Annual report of lunatic asylums [Bombay] - 1912-1922
Year: 1912
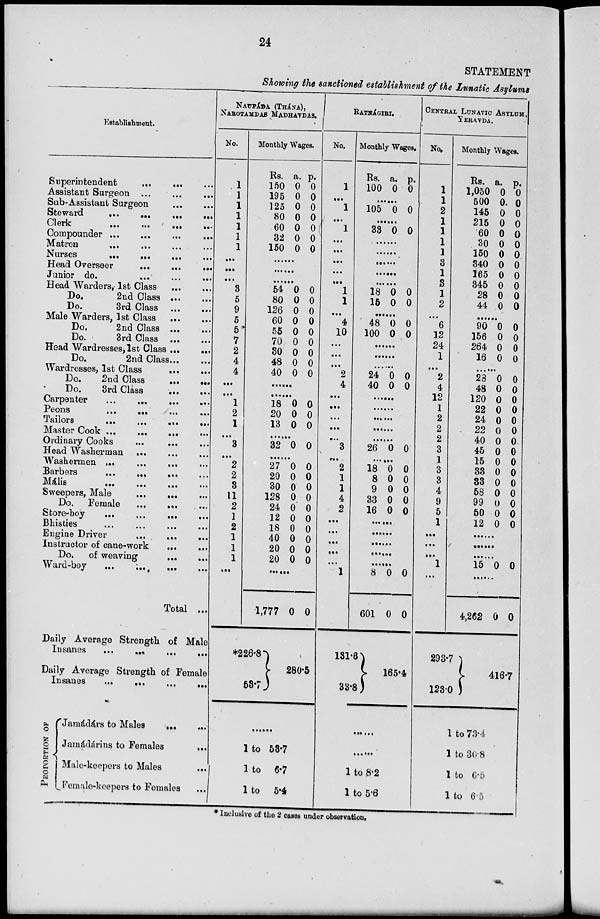
24
STATEMENT
Showing the sanctioned establishment of the Lunatic Asylums
Establishment.
Superintendent ... ...
...
Assistant Surgeon ... ... ...
Sub-Assistant Surgeon
...
...
Steward
...
...
...
...
Clerk
...
...
...
...
Compounder
...
...
... ...
Matron ... ... ... ...
Nurses
...
...
... ...
Head Overseer
...
...
...
Junior do.
...
...
...
Head Warders,-1st Class
...
...
Do,
2nd Class
...
...
Do,
3rd Class
...
...
Male Warders, 1st Class
...
...
Do.
2nd Class
...
...
Do.
3rd Class ... ...
Head Wardresses, 1st Class ...
...
Do.
2nd Class ... ...
Wardresses, 1st Class
...
...
Do.
2nd Class
...
...
Do.
3rd Class
...
...
Carpenter
...
...
...
...
Peons
...
...
...
...
Tailors
...
...
...
...
Master Cook ... ... ...
...
Ordinary Cooks ... ...
...
Head Washerman ... ... ...
Washermen ... ... ... ...
Barbers
...
...
...
Mális
...
...
...
...
Sweepers, Male ... ...
...
Do. Female ... ...
...
Store-boy
...
...
...
...
Bhisties ... ... ... ...
Engine Driver
...
...
...
Instructor of cane-work
...
...
Do. of weaving
...
...
Ward-boy
...
...
...
...
Total ...
Daily Average Strength of Male
Insanes
... ... ... ...
Daily Average Strength of Female
Insanes
...
...
... ...
PROPORTION OF
Jamádárs to Males ... ...
Jamádárins to Females
...
Male-keepers to Males
...
Female-keepers to Females ...
NAUPÁDA (THÁNA),
NAROTAMDAS MADHAVDAS.
No.
1
1
1
1
1
1
1
...
...
...
3
5
9
5
5
7
2
4
4
...
...
1
2
1
...
3
...
2
2
8
11
2
1
2
1
1
1
...
Monthly Wages.
Rs.
150
195
125
80
60
32
150
a.
0
0
0
0
0
0
0
p.
0
0
0
0
0
0
0
......
......
......
54
80
126
60
55
70
30
48
40
0
0
0
0
0
0
0
0
0
0
0
0
0
0
0
0
0
0
......
......
18
20
13
0
0
0
0
0
0
......
32 0 0
......
27
20
30
128
24
12
18
40
20
20
0
0
0
0
0
0
0
0
0
0
0
0
0
0
0
0
0
0
0
0
......
1,777
*226.8
53.7
0 0
280.5
......
1 to 53.7
1 to 6.7
1 to 5.4
RATNÁGIRI.
No.
1
...
1
...
1
...
...
...
...
...
1
1
...
4
10
...
...
...
2
4
...
...
...
...
...
3
...
2
1
1
4
2
...
...
...
...
...
1
Monthly Wages.
Rs.
100
a.
0
p.
0
......
105 0 0
......
33 0 0
......
......
......
......
......
18
15
0
0
0
0
......
48
100
0
0
0
0
......
......
......
24
40
0
0
0
0
......
......
......
......
......
26 0 0
......
18
8
9
33
16
0
0
0
0
0
0
0
0
0
0
......
......
......
......
......
8
601
131.6
33.8
0
0
0
0
165.4
......
......
1 to 8.2
1 to 5.6
CENTRAL LUNATIC ASYLUM,
YERAVDA.
No.
1
1
2
1
1
1
1
3
1
8
1
2
...
6
12
24
1
...
2
4
12
1
2
2
2
3
1
3
3
4
9
5
1
...
...
...
1
...
Monthly Wages.
Rs.
1,050
500
145
215
60
30
150
340
165
345
28
44
a.
0
0
0
0
0
0
0
0
0
0
0
0
p.
0
0
0
0
0
0
0
0
0
0
0
0
......
90
156
264
16
0
0
0
0
0
0
0
0
......
28
48
120
22
24
22
40
45
15
33
33
58
99
50
12
0
0
0
0
0
0
0
0
0
0
0
0
0
0
0
0
0
0
0
0
0
0
0
0
0
0
0
0
0
0
......
......
......
15 0 0
......
4,262
293.7
123.0
0 0
416.7
1 to 73.4
1 to 30.8
1 to 6.5
1 to 6.5
* Inclusive of the 2 cases under observation.